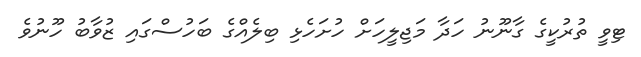
ޓިވީ ތުރުކީގެ ގާނޫނު ހަދާ މަޖިލީހަށް ހުށަހެޅި ބިލެއްގެ ބަހުސްގައި ޒުވާބު ހޫނުވެ